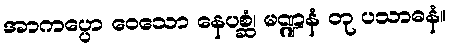
အာကပ္ပော ဝေသော နေပစ္ဆံ၊ မဏ္ဍနံ တု ပသာဓနံ။